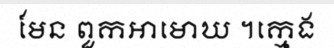
មែន ពួកអាមោឃ ។ក្មេង